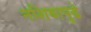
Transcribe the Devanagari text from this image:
नशिबापुढे